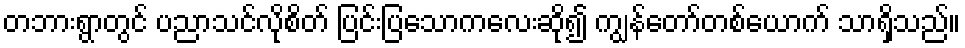
တဘားရွာတွင် ပညာသင်လိုစိတ် ပြင်းပြသောကလေးဆို၍ ကျွန်တော်တစ်ယောက် သာရှိသည်။